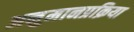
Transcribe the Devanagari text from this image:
अनुमानप्रक्रिया